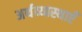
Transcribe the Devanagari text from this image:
अर्थव्य्वस्थाएँ